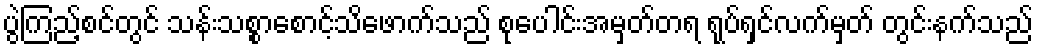
ပွဲကြည့်စင်တွင် သန်းသစ္စာစောင့်သိဖောက်သည် စုပေါင်းအမှတ်တရ ရုပ်ရှင်လက်မှတ် တွင်းနက်သည်